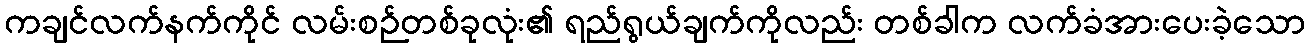
ကချင်လက်နက်ကိုင် လမ်းစဉ်တစ်ခုလုံး၏ ရည်ရွယ်ချက်ကိုလည်း တစ်ခါက လက်ခံအားပေးခဲ့သော